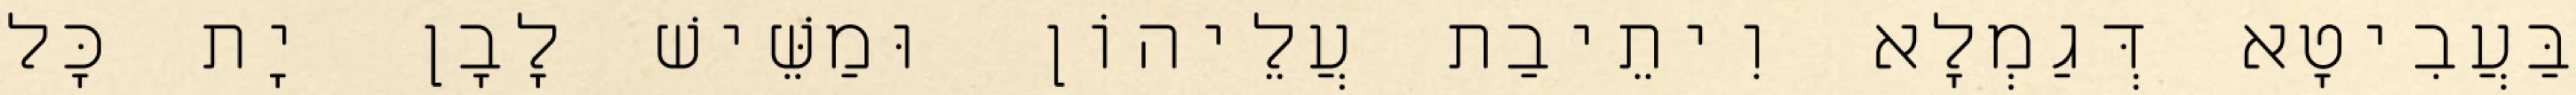
בַּעֲבִיטָא דְּגַמְלָא וִיתֵיבַת עֲלֵיהוֹן וּמַשֵּׁישׁ לָבָן יָת כָּל